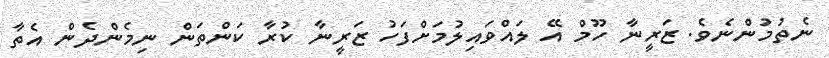
ނެތުމުންނެވެ. ޒަރީނާ ހޫމް އޭ ލައްވައިލުމަށްފަހު ޒަރީނާ ކުރާ ކަންތަން ނިމެންދެން އެތާ